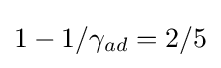
1-1/\gamma _{ad}=2/5